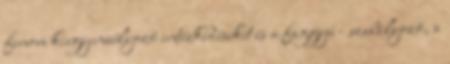
finom kiegyensúlyozó intézkedéseket és a faggyú - szabályozó, a